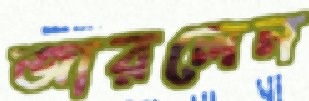
জারলেন